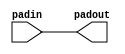
module cycloneiii_io_pad ( 
		      padin, 
                      padout
	            );
parameter lpm_type = "cycloneiii_io_pad";
input padin; 
output padout;
wire padin_ipd;
wire padout_opd;
buf padin_buf  (padin_ipd,padin);
assign padout_opd = padin_ipd;
buf padout_buf (padout, padout_opd);
endmodule